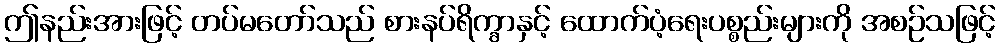
ဤနည်းအားဖြင့် တပ်မတော်သည် စားနပ်ရိက္ခာနှင့် ထောက်ပံ့ရေးပစ္စည်းများကို အစဉ်သဖြင့်